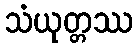
သံယုတ္တဿ